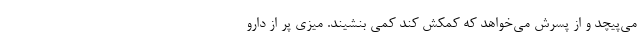
می‌پیچد و از پسرش می‌خواهد که کمکش کند کمی بنشیند. میزی پر از دارو